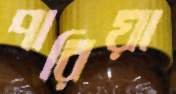
পারিয়া